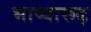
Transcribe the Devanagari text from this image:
भाष्यारूढ़